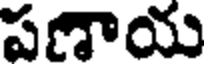
పణాయ